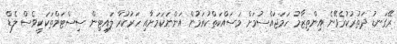
ރޭގަނޑު ދަތުރުކުރެވޭނެ އިންތިޒާމު ހަމަޖައްސުމަށް މަސައްކަތްކުރަމުން އަންނަކަމަށާއި ހަރުކުރާ ލައިޓިން ސިސްޓަމްތަކަކީވެސް ލެޑް